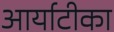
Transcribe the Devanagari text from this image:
आर्याटीका